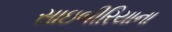
સાઇબીરિયાના